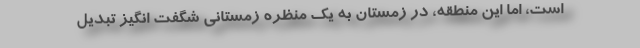
است، اما این منطقه، در زمستان به یک منظره زمستانی شگفت انگیز تبدیل